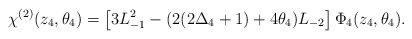
\begin{align*}\chi^{(2)}(z_{4},\theta_{4})=\left[3L_{-1}^{2}-(2(2\Delta_{4}+1)+4\theta_{4})L_{-2}\right]\Phi_{4}(z_{4},\theta_{4}).\end{align*}